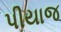
પીયાજ